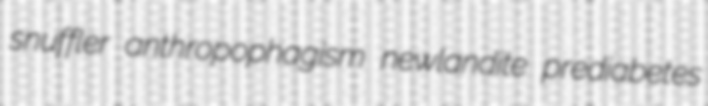
snuffler anthropophagism newlandite prediabetes